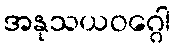
အနုသယဝဂ္ဂေါ